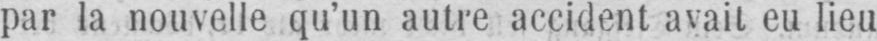
par la nouvelle qu’un autre accident avait eu lieu